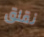
نقلق